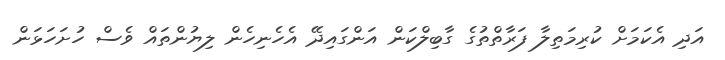
އަދި އެކަމަށް ކުރިމަތިލާ ފަރާތްތުގެ ގާބިލްކަން އަންގައިދޭ އެހެނިހެން ލިޔުންތައް ވެސް ހުށަހަޅަން